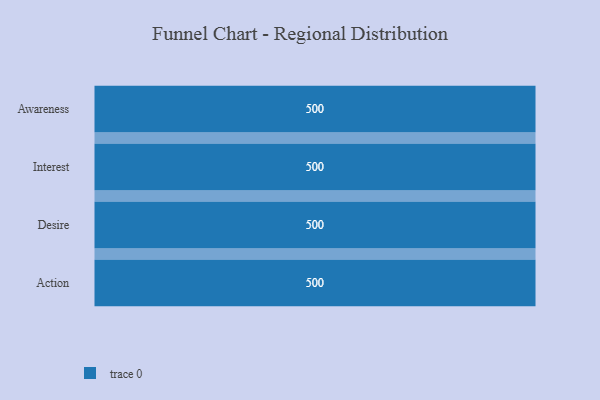
{"axis": {"x": "Stage", "y": "Value"}, "legend": [""], "data": [{"x": "Awareness", "y": 500, "type": ""}, {"x": "Interest", "y": 500, "type": ""}, {"x": "Desire", "y": 500, "type": ""}, {"x": "Action", "y": 500, "type": ""}]}